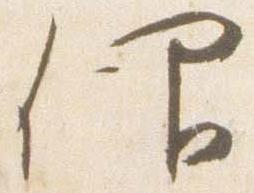
仰